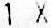
1 X